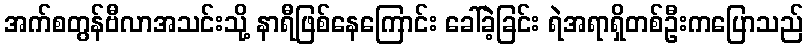
အက်စတွန်ဗီလာအသင်းသို့ နာရီဖြစ်နေကြောင်း ခေါ်ခဲ့ခြင်း ရဲအရာရှိတစ်ဦးကပြောသည်